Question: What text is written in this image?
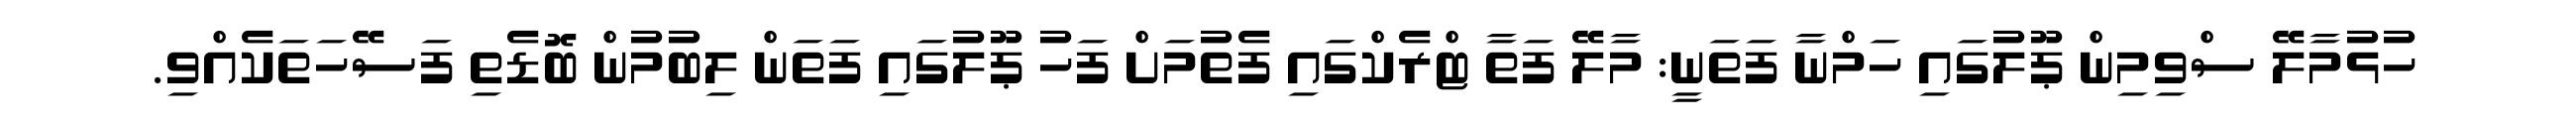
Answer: ހުޅުމާލޭ ސްވިމިން ޕޫލުގައި ހަމްނާ ފަތަނީ: މާލޭ ފަތާ ޓްރެކްގައި ފެތުމަށް ފަހު ޕޫލުގައި ފަތަން ލިބުމުން ބޮޑެތި ފަސޭހަތަކެއްވި.